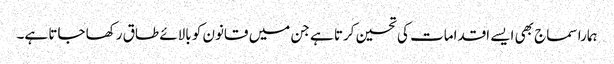
ہمارا سماج بھی ایسے اقدامات کی تحسین کرتا ہے جن میں قانون کو بالائے طاق رکھا جاتا ہے۔